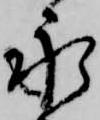
永